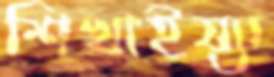
শিখাইয়্যা